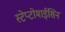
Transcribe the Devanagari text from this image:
स्टेप्टोमाईसिन